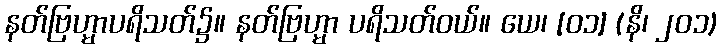
နတ်ဗြဟ္မာပရိသတ်၌။ နတ်ဗြဟ္မာ ပရိသတ်ဝယ်။ ယေ၊ [၀၁] (နိ၊ ၂၀၁)